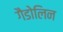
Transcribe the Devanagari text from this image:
गैडोलिन